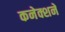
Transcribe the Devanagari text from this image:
कनेक्शने